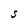
Character: S